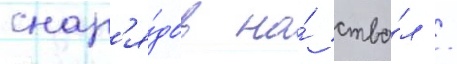
снар'я́дов на́ ство́л /